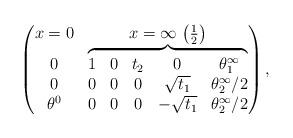
LaTeX: \begin{gather*}\left(\begin{matrix} x=0 & x=\infty \,\left( \frac12 \right)\\\begin{matrix} 0 \\ 0 \\ \theta^0 \end{matrix}&\overbrace{\begin{matrix}1 & 0 & t_2 & 0 & \theta^\infty_1 \\0 & 0 & 0 & \sqrt{t_1} & \theta^\infty_2/2 \\0 & 0 & 0 & -\sqrt{t_1} & \theta^\infty_2/2 \end{matrix}}\end{matrix}\right) ,\end{gather*}